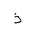
Letter: _thal